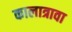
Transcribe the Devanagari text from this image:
कालात्रावा